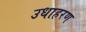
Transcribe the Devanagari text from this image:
उधाहरण